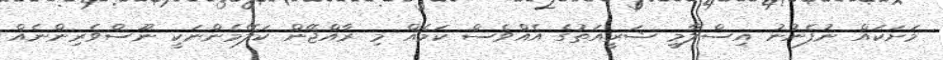
މަށަކައް ނުފެނުނު އިސްލާމީ ޝަރީއަތުގެ އެއްވެސް ކަމެއް މި ރާއްޖޭން ކަލޭމެންނަކީ ނޫސްވެރިންނެއް